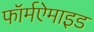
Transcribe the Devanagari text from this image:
फॉर्मऐमाइड